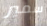
سمير